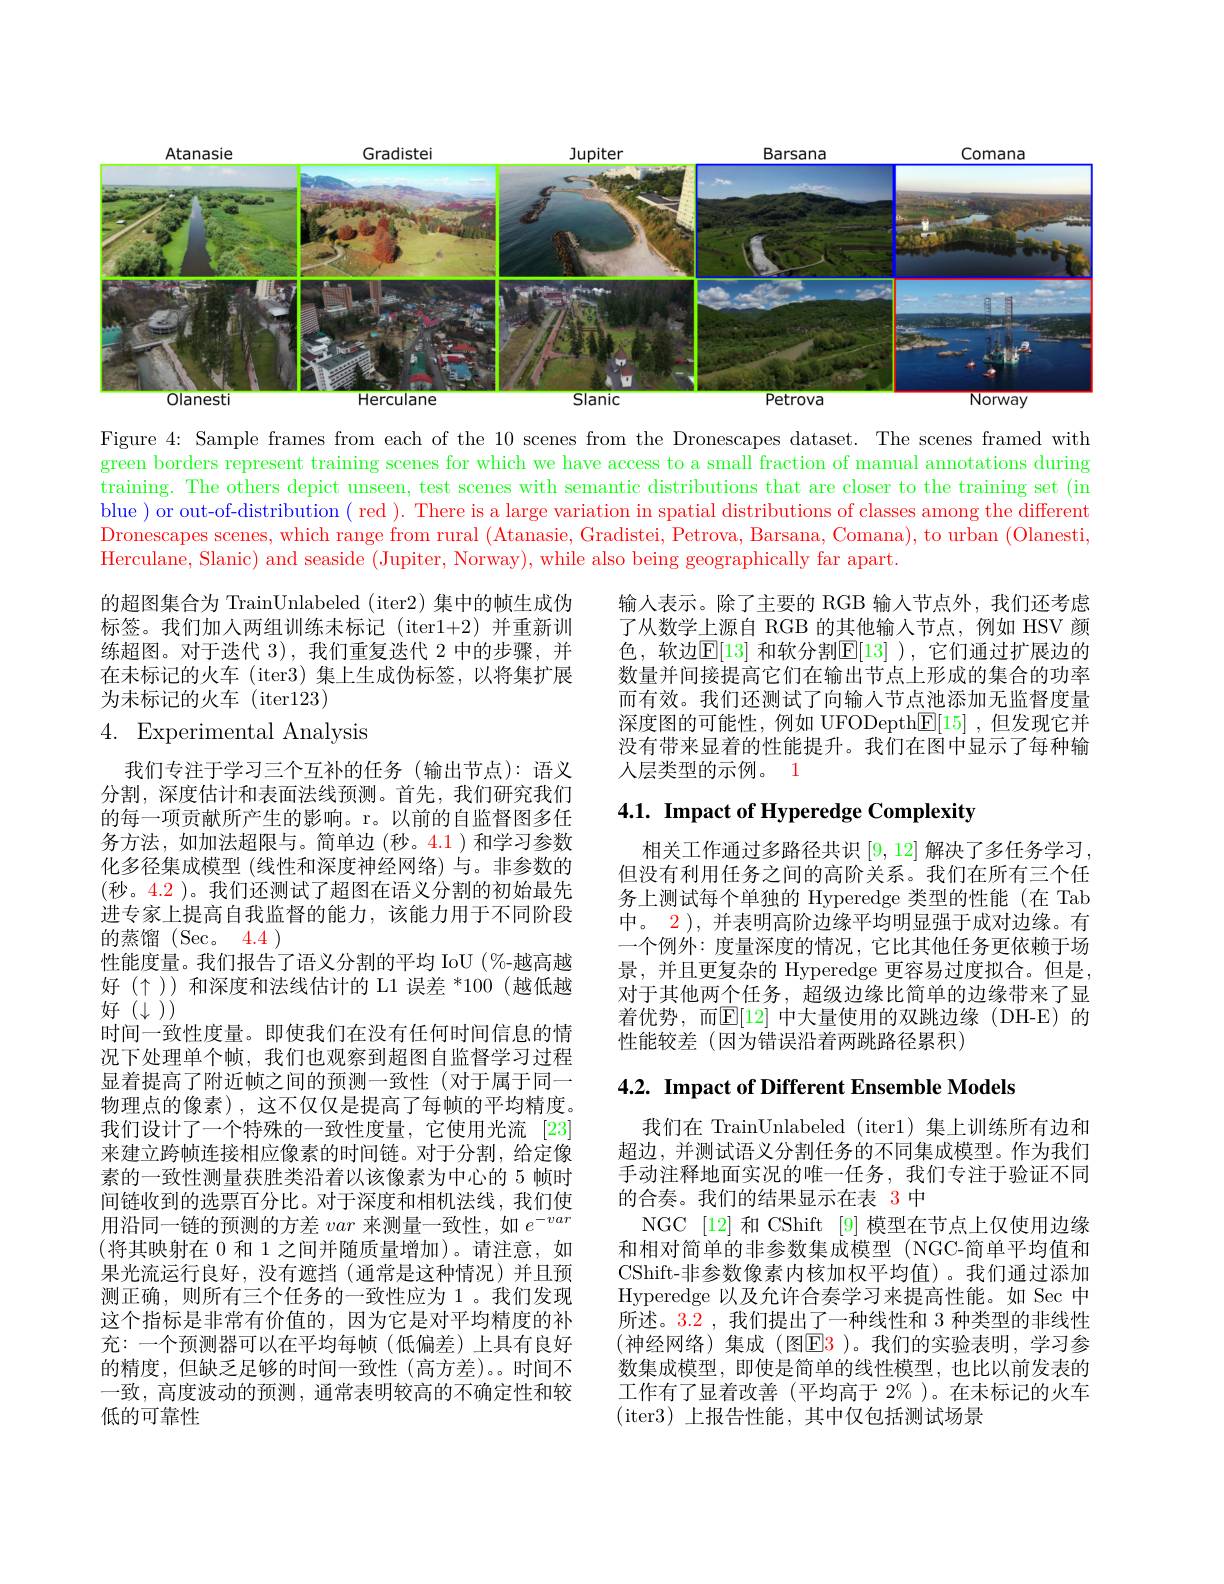
<FigureHere>

Figure 4: Sample frames from each of the 10 scenes from the Dronescapes dataset. The scenes framed with green borders represent training scenes for which we have access to a small fraction of manual annotations during training. The others depict unseen, test scenes with semantic distributions that are closer to the training set (in blue ) or out-of-distribution ( red ). There is a large variation in spatial distributions of classes among the different Dronescapes scenes, which range from rural (Atanasie, Gradistei, Petrova, Barsana, Comana), to urban (Olanesti, Herculane, Slanic) and seaside (Jupiter, Norway), while also being geographically far apart.

的超图集合为 TrainUnlabeled (iter2) 集中的帧生成伪标签。我们加入两组训练未标记(iter1+2)并重新训练超图。对于迭代 3),我们重复迭代 2 中的步骤，并在未标记的火车 (iter3) 集上生成伪标签，以将集扩展为未标记的火车(iter123)
4. Experimental Analysis

输人表示。除了主要的 RGB 输入节点外，我们还考虑了从数学上源自 RGB 的其他输入节点，例如 HSV 颜色，软边$\mathbb{E}[13]$ 和软分割$\mathbb{E}[13]$ ),它们通过扩展边的数量并间接提高它们在输出节点上形成的集合的功率而有效。我们还测试了向输入节点池添加无监督度量深度图的可能性，例如 UFODepth$\underline{\mathrm{E}}[15]$ ,但发现它并没有带来显着的性能提升。我们在图中显示了每种输人层类型的示例。1

## $4. 1. \textbf{ Impact of Hyperedge Complexity}$

相关工作通过多路径共识[9,12]解决了多任务学习， 但没有利用任务之间的高阶关系。我们在所有三个任务上测试每个单独的 Hyperedge 类型的性能 (在 Tab 中。2 ), 并表明高阶边缘平均明显强于成对边缘。有一个例外：度量深度的情况，它比其他任务更依赖于场景，并且更复杂的 Hyperedge 更容易过度拟合。但是， 对于其他两个任务，超级边缘比简单的边缘带来了显着优势，而$\overline{\mathbb{E}}[12]$ 中大量使用的双跳边缘(DH-E)的性能较差(因为错误沿着两跳路径累积)

4.2. Impact of Different Ensemble Models

我们专注于学习三个互补的任务(输出节点):语义分割，深度估计和表面法线预测。首先，我们研究我们的每一项贡献所产生的影响。r。以前的自监督图多任务方法，如加法超限与。简单边(秒。4.1)和学习参数化多径集成模型 (线性和深度神经网络)与。非参数的(秒。$\color{red}{4.2}$)。我们还测试了超图在语义分割的初始最先进专家上提高自我监督的能力，该能力用于不同阶段的蒸馏 (Sec。4.4 )
性能度量。我们报告了语义分割的平均 IoU (%-越高越好($\uparrow))和深度和法线估计的 L1 误差 *100(越低越$ 好$(\downarrow))$
时间一致性度量。即使我们在没有任何时间信息的情况下处理单个帧，我们也观察到超图自监督学习过程显着提高了附近帧之间的预测一致性(对于属于同一物理点的像素),这不仅仅是提高了每帧的平均精度。我们设计了一个特殊的一致性度量，它使用光流 [23] 来建立跨帧连接相应像素的时间链。对于分割，给定像素的一致性测量获胜类沿着以该像素为中心的 5 帧时间链收到的选票百分比。对于深度和相机法线，我们使用沿同一链的预测的方差var来测量一致性，如$e^-var$ (将其映射在 0 和 1 之间并随质量增加)。请注意，如果光流运行良好，没有遮挡(通常是这种情况)并且预测正确，则所有三个任务的一致性应为 1。我们发现这个指标是非常有价值的，因为它是对平均精度的补充：一个预测器可以在平均每帧(低偏差)上具有良好的精度，但缺乏足够的时间一致性(高方差)。时间不一致，高度波动的预测，通常表明较高的不确定性和较低的可靠性

我们在 TrainUnlabeled (iter1)集上训练所有边和超边，并测试语义分割任务的不同集成模型。作为我们手动注释地面实况的唯一任务，我们专注于验证不同的合奏。我们的结果显示在表 3 中
NGC [12] 和 CShift [9] 模型在节点上仅使用边缘和相对简单的非参数集成模型 (NGC-简单平均值和CShift-非参数像素内核加权平均值)。我们通过添加Hyperedge 以及允许合奏学习来提高性能。如 Sec 中所述。3.2 , 我们提出了一种线性和 3 种类型的非线性(神经网络)集成(图E3)。我们的实验表明，学习参数集成模型，即使是简单的线性模型，也比以前发表的工作有了显着改善(平均高于$2\%$ )。在未标记的火车(iter3)上报告性能，其中仅包括测试场景